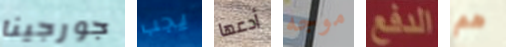
جورجينا يجب أدعها موجه الدفع هم